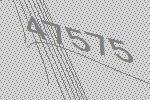
47575